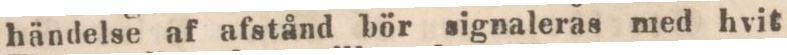
händelse af afstånd bör signaleras med hvit